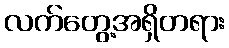
လက်တွေ့အရှိတရား